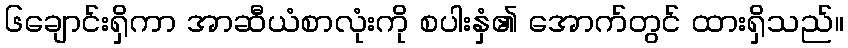
၆ချောင်းရှိကာ အာဆီယံစာလုံးကို စပါးနှံ၏ အောက်တွင် ထားရှိသည်။